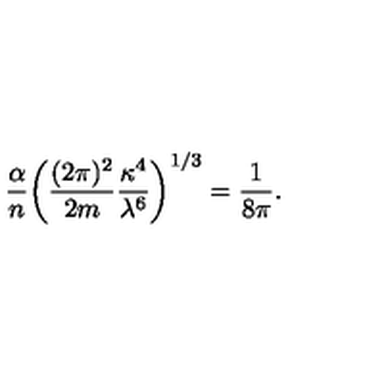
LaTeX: { \frac { \alpha } { n } } \bigg ( { \frac { ( 2 \pi ) ^ { 2 } } { 2 m } } { \frac { \kappa ^ { 4 } } { \lambda ^ { 6 } } } \bigg ) ^ { 1 / 3 } = { \frac { 1 } { 8 \pi } } .